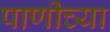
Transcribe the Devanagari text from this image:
पाणीच्या